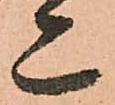
亦